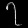
Digit: ၇